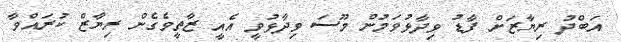
އަބްދު ރިޔާޒަށް ފާޑު ވިދާޅުވަމުން މޫސަ ވިދާޅުވީ އެއީ ޒާތީވެގެން ރިޔާޒް ކުރައްވާ